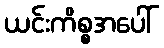
ယင်းကိစ္စအပေါ်